Lunatic asylums Punjab 1895-1910 - 1895-1910
Year: 1895
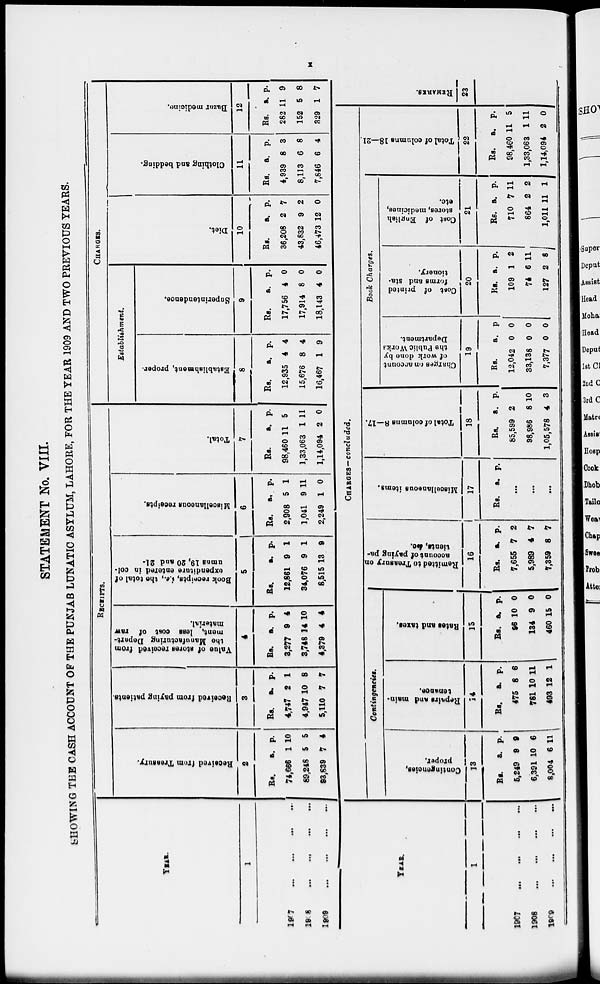
x
STATEMENT No. VIII.
SHOWING THE CASH ACCOUNT OF THE PUNJAB LUNATIC ASYLUM, LAHORE, FOR THE TEAR 1909 AND TWO PREVIOUS TEARS.
YEAR.
1
1907 ... ... ... ...
1908 ... ... ... ...
1909 ... ... ... ...
RECEIPTS.
Received from Treasury.
2
Rs.
74,666
89,248
93,839
a.
1
5
7
p.
10
5
4
Received from paying patients.
3
Rs.
4,747
4,947
5,110
a.
2
10
7
p.
1
8
7
Value of stores received from
the Manufacturing Depart-
ment, less cost of raw
material.
4
Rs.
3,277
3,748
4,379
a.
9
14
4
p.
4
10
4
Book receipts, i.e., the total of
expenditure entered in col-
umns
19, 20 and 21.
5
Rs.
12,861
34,076
8,515
a.
9
9
13
p.
1
1
9
Miscellaneous receipts.
6
Rs.
2,908
1,041
2,249
a.
5
9
1
p.
1
11
0
Total.
7
Rs.
98,460
1,33,063
1,14,094
a.
11
1
2
p.
5
11
0
CHARGES.
Establishment.
Establishment, proper.
8
Rs.
12,935
15,676
16,467
a.
4
8
1
p.
4
4
9
Superintendence.
9
Rs.
17,756
17,914
18,143
a.
4
8
4
p.
0
0
Diet.
10
Rs.
36,208
43,832
0
46,473
a.
2
9
12
p.
7
2
0
Clothing and bedding.
11
Rs.
4,939
8,113
7,846
a.
8
6
6
p.
3
8
4
Bazar medicine.
12
Rs.
282
152
329
a.
11
5
1
p.
9
8
7
YEAR.
1
1907
...
...
...
...
1908 ... ... ... ...
1909 ... ... ... ...
CHARGES—concluded.
Contingencies.
Contingencies,
proper.
13
Rs.
5,249
6,391
8,004
a.
9
10
6
p.
9
6
11
Repairs and main-
tenance.
14
Rs.
475
781
493
a.
8
10
12
p.
6
11
1
Rates and taxes.
15
Rs.
96
134
460
a.
10
9
15
p.
0
0
0
Remitted to Treasury on
account
of paying pa-
tients, & c.
16
Rs.
7,655
5,989
7,359
a.
7
4
8
p.
2
7
7
Miscellaneous items.
17
Rs. a. p.
...
...
...
Total of columns 8—17.
18
Rs.
85,599
98,986
1,05,578
a.
2
8
4
p.
10
3
Book Charges.
Charges cm account
of work done by
the Public Works
Department.
19
Rs.
12,042
33,138
7,377
a.
0
0
0
p.
0
0
0
Cost
of printed
forms and sta-
tionery.
20
Rs.
109
74
127
a.
1
6
2
p.
2
11
8
Cost of English
stores, medicines,
etc.
21
Rs.
710
864
1,011
a.
7
2
11
p.
11
2
1
Total of columns 18—21.
22
Rs.
98,460
1,33,063
1,14,094
a.
11
1
2
p.
5
11
0
REMARKS.
23